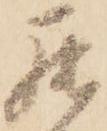
罷